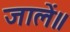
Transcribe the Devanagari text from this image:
जालें॥